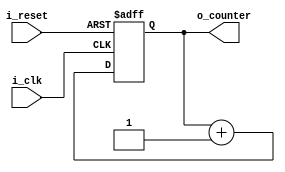
`timescale 1ns / 1ps

module counter(
    input i_clk,  
    input i_reset,
    output[1:0] o_counter // wire  
    );

    reg[1:0] r_counter = 0;
    assign o_counter = r_counter;  //   . 

    //   
    always @(posedge i_clk or posedge i_reset)begin  // posedge =  ,   
        if(i_reset) begin
            r_counter <= 0;  
        end
        else begin
            r_counter <= r_counter + 1;
        end
    end
endmodule